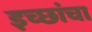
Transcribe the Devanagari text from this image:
इच्छांचा